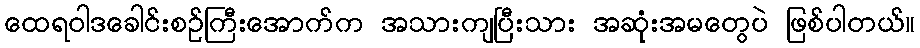
ထေရဝါဒခေါင်းစဉ်ကြီးအောက်က အသားကျပြီးသား အဆုံးအမတွေပဲ ဖြစ်ပါတယ်။